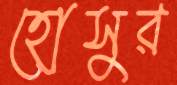
হোসুর